Lunatic asylums Punjab 1895-1910 - 1895-1910
Year: 1895
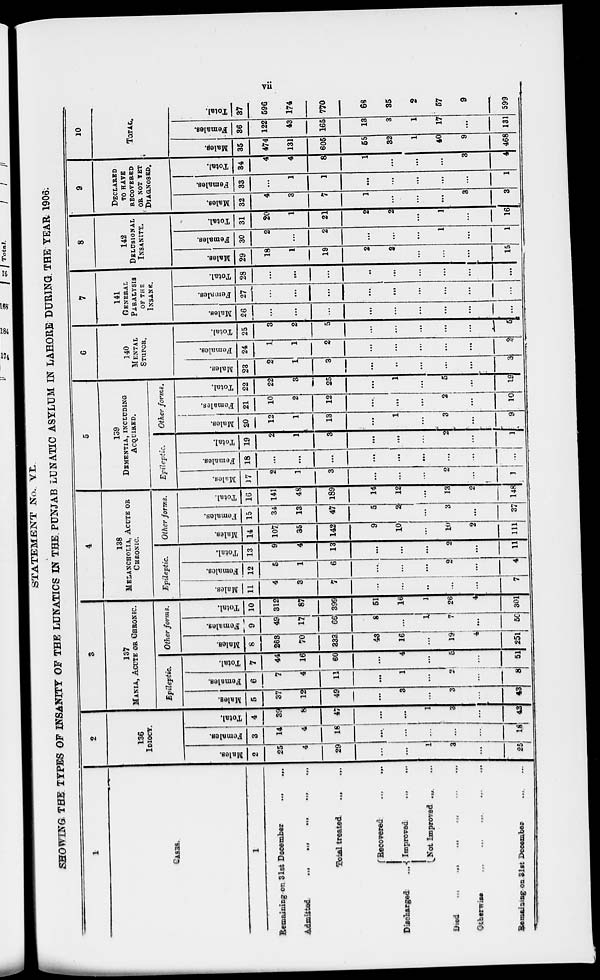
vii
STATEMENT No. VI.
SHOWING THE TYPES OF INSANITY OF THE LUNATICS IN THE PUNJAB LUNATIC ASYLUM IN LAHORE DURING THE YEAR 1906.
1
CASES.
1
Remaining on 31st December
...
.,.
Admitted ... ... ... ... ... ...
Total treated ... ...
Discharged ...
Recovered ... ...
Improved ... ...
Not Improved ... ...
Died ... ... ... ... ... ...
Otherwise ... ... ... ... ... ... ...
Remaining on 31st December ... ...
2
136
IDIOCY.
Males.
2
25
4
29
...
...
1
3
...
25
Females.
3
14
4
18
...
...
...
...
...
18
Total.
4
39
8
47
...
...
1
3
...
43
3
137
MANIA, ACUTE OR CHRONIC.
Epileptic.
Males.
5
37
12
49
...
3
...
3
...
43
Females.
6
7
4
11
...
1
...
2
...
8
Total.
7
44
16
60
...
4
...
5
...
51
Other forms.
Males.
8
263
70
333
43
16
...
19
4
251
Females.
9
49
17
66
8
...
1
7
...
50
Total.
10
312
87
399
51
16
1
26
4
301
4
138
MANIA, ACUTE OR
CHRONIC
Epileptic.
Males.
11
4
3
7
...
...
...
...
...
7
Females.
12
5
1
6
...
...
...
2
...
4
Total.
13
9
4
13
...
...
...
2
...
11
Other forms.
Males.
14
107
35
142
9
10
...
10
2
111
Females.
15
34
13
47
5
2
...
3
...
37
Total.
16
141
48
189
14
12
...
13
2
148
5
139
DEMENTIA, INCLUDING
ACQUIRED.
Epileptic.
Males.
17
2
1
3
...
...
...
2
...
1
Females.
18
...
...
...
...
...
...
...
...
...
Total.
19
2
1
3
...
...
...
2
...
1
Other forms.
Males.
20
12
1
13
...
1
...
3
...
9
Females.
21
10
2
12
...
...
...
2
...
10
Total.
22
22
3
25
...
1
...
5
...
19
6
140
MENTAL
STUPOR.
Males.
23
2
1
3
...
...
...
...
...
3
Females.
24
1
1
2
...
...
...
...
...
2
Total.
25
3
2
5
...
...
...
...
...
5
7
141
GENERAL
PARALYSIS
OF THE
INSANE.
Males.
26
...
...
...
...
...
...
...
...
...
Females.
27
...
...
...
...
...
...
...
...
...
Total.
28
...
...
...
...
...
...
...
...
...
8
142
DELUSIONAL
INSANITY.
Males.
29
18
1
19
2
2
...
...
...
15
Females.
30
2
...
2
...
...
...
1
...
1
Total.
31
20
1
21
2
2
...
1
...
16
9
DECLARED
TO HAVE
RECOVERED
OR NOT YET
DIAGNOSED.
Males.
32
4
3
7
1
...
...
...
3
3
Females.
33
...
1
1
...
...
...
...
...
1
Total.
34
4
4
8
1
...
...
...
3
4
10
TOTAL.
Males.
35
474
131
605
55
32
1
40
9
468
Females.
36
122
43
165
13
3
1
17
...
131
Total.
37
596
174
770
68
35
2
57
9
599